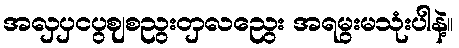
အလှပှငပွဈစညွးတှလညွေး အရမွးမသုံးပါနဲ့။